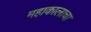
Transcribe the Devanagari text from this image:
महाकालाचा